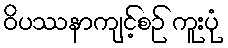
ဝိပဿနာကျင့်စဉ် ကူးပုံ